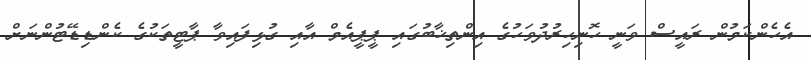
އެހެންކަމުން ރައީސް ވަނީ ހޮނިހިރުދުވަހުގެ އިންތިޚާބުގައި ޕީޕީއެމް އާއި ގުޅިފައިވާ ޕާޓީތަކުގެ ކެންޑިޑޭޓުންނަށް